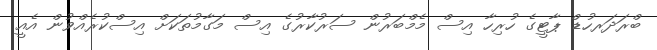
ބްރަދަރހުޑް ޕާޓީގެ ހުރިހާ އިސް މެމްބަރުން ސަރުކާރުގެ އިސް މަގާމުތަކަށް އިސްކުރެއްވުން އެއީ